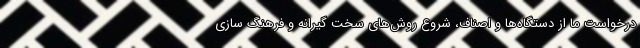
درخواست ما از دستگاه‌ها و اصناف، شروع روش‌های سخت گیرانه و فرهنگ سازی